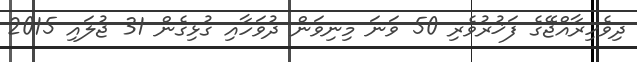
ދިވެހިރާއްޖޭގެ ފަޚުރުވެރި 50 ވަނަ މިނިވަން ދުވަހާއި ގުޅިގެން 31 ޖުލައި 2015